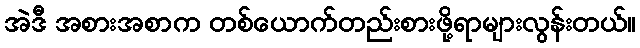
အဲဒီ အစားအစာက တစ်ယောက်တည်းစားဖို့ရာများလွန်းတယ်။